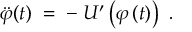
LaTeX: \ddot { \varphi } ( t ) \; = \; - \; U ^ { \prime } \left( \varphi \left( t \right) \right) ~ .